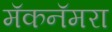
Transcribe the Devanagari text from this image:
मॅकनॅमरा